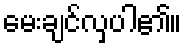
မေးချင်လှပါ၏။